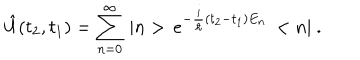
LaTeX: \hat { U } ( t _ { 2 } , t _ { 1 } ) = \sum _ { n = 0 } ^ { \infty } \, | n > \, e ^ { - \frac { i } { \hbar } ( t _ { 2 } - t _ { 1 } ) E _ { n } } \, < n | \ .